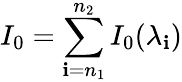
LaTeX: I_{0}=\sum_{\mathbf{i}=n_{1}}^{n_{2}}{I_{0}(\lambda_{\mathbf{i}})}